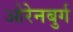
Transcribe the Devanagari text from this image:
ओरेनबुर्ग